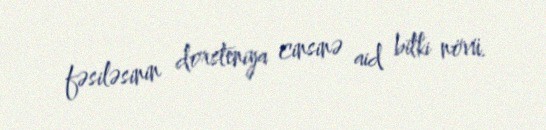
fəsiləsinin dorsteniya cinsinə aid bitki növü.